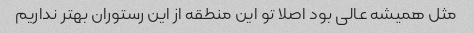
مثل همیشه عالی بود اصلا تو این منطقه از این رستوران بهتر نداریم